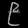
Digit: ၉